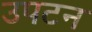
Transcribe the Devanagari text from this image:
उपटन